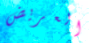
العريض